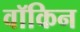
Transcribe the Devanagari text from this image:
वॉकिन